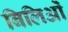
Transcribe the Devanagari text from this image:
बिलिओं